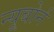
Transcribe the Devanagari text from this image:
न्यूबोर्न